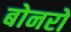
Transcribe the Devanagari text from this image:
बोनरो